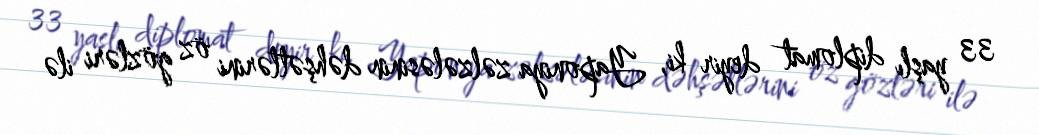
33 yaşlı diplomat deyir ki, Yaponiya zəlzələsinin dəhşətlərini öz gözləri ilə